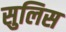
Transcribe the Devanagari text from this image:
सुलिस